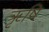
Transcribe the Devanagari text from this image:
ॠृषि